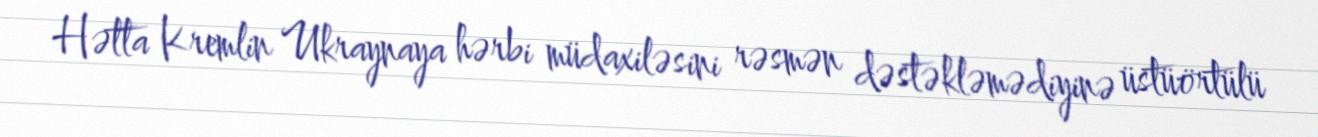
Hətta Kremlin Ukraynaya hərbi müdaxiləsini rəsmən dəstəkləmədiyinə üstüörtülü